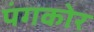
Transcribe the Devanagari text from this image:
पंगकोर